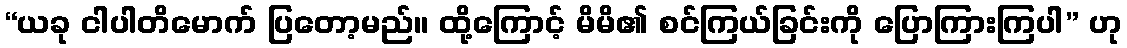
“ယခု ငါပါတိမောက် ပြတော့မည်။ ထို့ကြောင့် မိမိ၏ စင်ကြယ်ခြင်းကို ပြောကြားကြပါ” ဟု